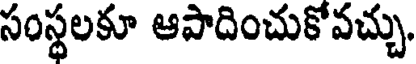
సంస్థలకూ ఆపాదించుకోవచ్చు.